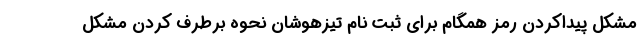
مشکل پیداکردن رمز همگام برای ثبت نام تیزهوشان نحوه برطرف کردن مشکل